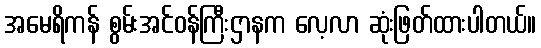
အမေရိကန် စွမ်းအင်ဝန်ကြီးဌာနက လေ့လာ ဆုံးဖြတ်ထားပါတယ်။